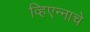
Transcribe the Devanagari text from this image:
व्हिएन्नाचे